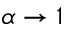
\alpha \to 1